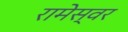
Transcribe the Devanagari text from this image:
रामेस्वर